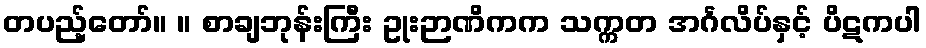
တပည့်တော်။ ။ စာချဘုန်းကြီး ဥုးဉာဏိကက သက္ကတ အင်္ဂလိပ်နှင့် ပိဋကပါ